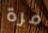
مرة